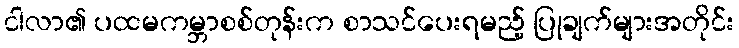
ငါလာ၏ ပထမကမ္ဘာစစ်တုန်းက စာသင်ပေးရမည့် ပြုချက်များအတိုင်း